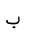
Letter: _ba